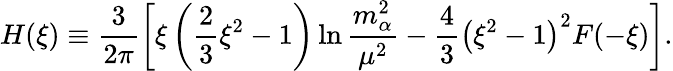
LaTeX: H(\xi)\equiv\frac{3}{2\pi}\left[\xi\left(\frac{2}{3}\xi^{2}-1\right)\ln\frac{m_{\alpha}^{2}}{\mu^{2}}-\frac{4}{3}\left(\xi^{2}-1\right)^{2}F(-\xi)\right].